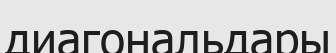
диагональдары